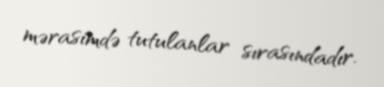
mərasimdə tutulanlar sırasındadır.